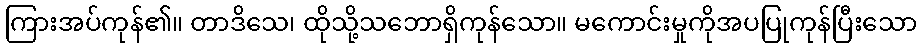
ကြားအပ်ကုန်၏။ တာဒိသေ၊ ထိုသို့သဘောရှိကုန်သော။ မကောင်းမှုကိုအပပြုကုန်ပြီးသော